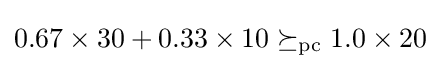
0.67\times 30+0.33\times 10\succeq _{\mathrm {pc} }1.0\times 20